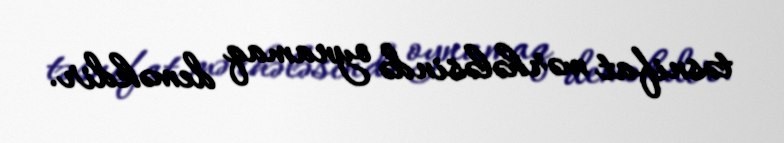
təsnifat mərhələsində oynamaq deməkdir.